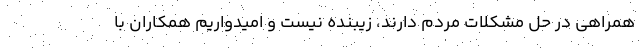
همراهی در حل مشکلات مردم دارند، زیبنده نیست و امیدواریم همکاران با